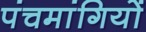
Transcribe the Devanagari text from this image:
पंचमांगियों